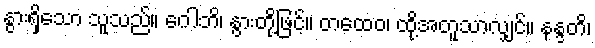
နွားရှိသော သူသည်။ ဂေါဘိ၊ နွားတို့ဖြင့်။ တထေဝ၊ ထို့အတူသာလျှင်။ နန္ဒတိ၊